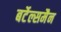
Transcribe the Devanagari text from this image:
बर्टेल्समैन